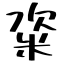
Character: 粢